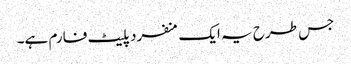
جس طرح یہ ایک منفرد پلیٹ فارم ہے۔